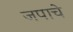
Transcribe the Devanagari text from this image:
जपाचे